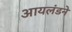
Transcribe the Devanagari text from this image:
आयलंडने